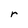
Character: r